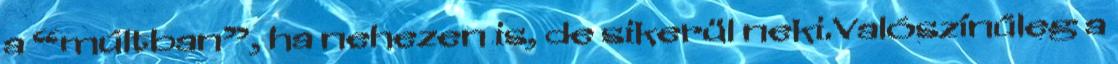
a “múltban”, ha nehezen is, de sikerül neki.Valószínűleg a